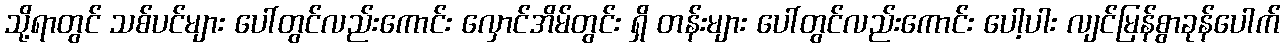
သို့ရာတွင် သစ်ပင်များ ပေါ်တွင်လည်းကောင်း လှောင်အိမ်တွင်း ရှိ တန်းများ ပေါ်တွင်လည်းကောင်း ပေါ့ပါး လျင်မြန်စွာခုန်ပေါက်